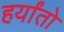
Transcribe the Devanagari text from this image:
हर्यांतो